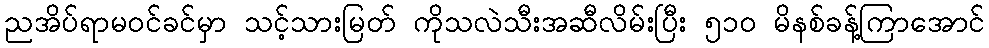
ညအိပ်ရာမဝင်ခင်မှာ သင့်သားမြတ် ကိုသလဲသီးအဆီလိမ်းပြီး ၅၁၀ မိနစ်ခန့်ကြာအောင်